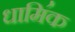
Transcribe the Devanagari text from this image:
धामि॔क